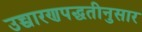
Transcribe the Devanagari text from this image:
उच्चारणपद्धतीनुसार